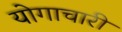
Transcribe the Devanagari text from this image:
योगाचारी